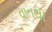
વાતથી